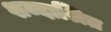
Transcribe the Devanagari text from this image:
शब्दाश्रित